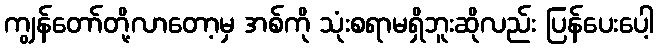
ကျွန်တော်တို့လာတော့မှ အစ်ကို သုံးစရာမရှိဘူးဆိုလည်း ပြန်ပေးပေါ့